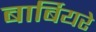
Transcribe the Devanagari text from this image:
बार्बियरे